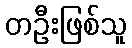
တဦးဖြစ်သူ